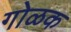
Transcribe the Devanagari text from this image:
गोळक